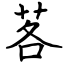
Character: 茖